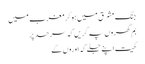
جنگ مشرق میں ہوکر مغرب میں
بم گھروں پہ گریں کہ سرحد پر
کھیت اپنے جلے کہ اوروں کے